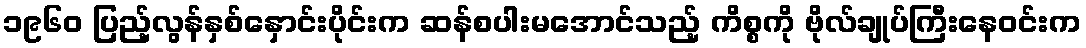
၁၉၆၀ ပြည့်လွန်နှစ်နှောင်းပိုင်းက ဆန်စပါးမအောင်သည့် ကိစ္စကို ဗိုလ်ချုပ်ကြီးနေဝင်းက